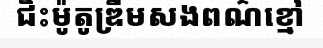
ជិះម៉ូតូឌ្រីមសងពណ៌ខ្មៅ